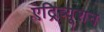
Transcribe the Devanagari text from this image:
एट्रिब्यूशन